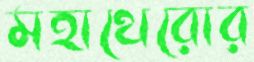
মহাথেরোর